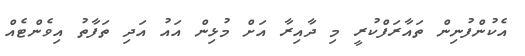
އެކުންފުނިން ތައާރަފްކުރީ މި ދާއިރާ އަށް މުޅިން އައު އަދި ތަފާތު އިވެންޓެއް